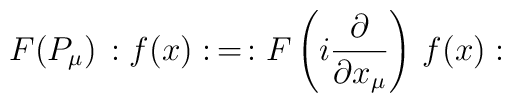
F(P_\mu) \, :f(x):\, = \, :F\left(i\frac{\partial}{\partial x_\mu}\right)\, f(x):